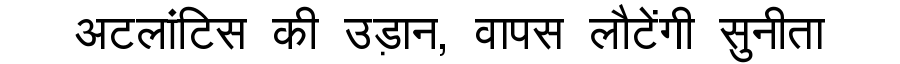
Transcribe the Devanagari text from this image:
अटलांटिस की उड़ान, वापस लौटेंगी सुनीता